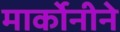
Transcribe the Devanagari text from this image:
मार्कोनीने